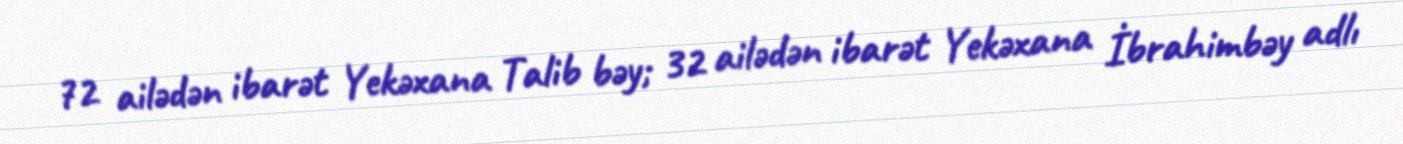
72 ailədən ibarət Yekəxana Talib bəy; 32 ailədən ibarət Yekəxana İbrahimbəy adlı